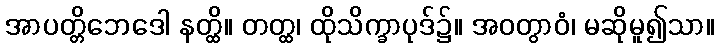
အာပတ္တိဘေဒေါ နတ္ထိ။ တတ္ထ၊ ထိုသိက္ခာပုဒ်၌။ အဝတွာဝံ၊ မဆိုမူ၍သာ။